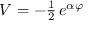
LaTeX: { \cal V } = - { \textstyle \frac { 1 } { 2 } } \, e ^ { \alpha \varphi }